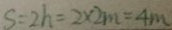
S = 2 h = 2 \times 2 m = 4 m